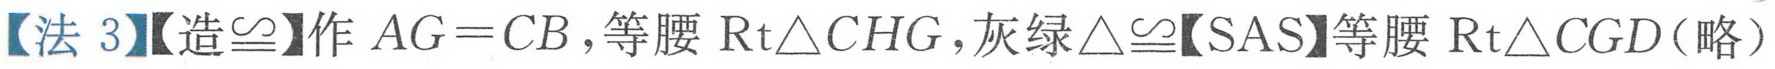
【法 3】【造\(\cong\)】作 \(AG = CB\)，等腰 \(\text{Rt}\triangle CHG\)，灰绿\(\triangle\cong\)【SAS】等腰 \(\text{Rt}\triangle CGD\)（略）